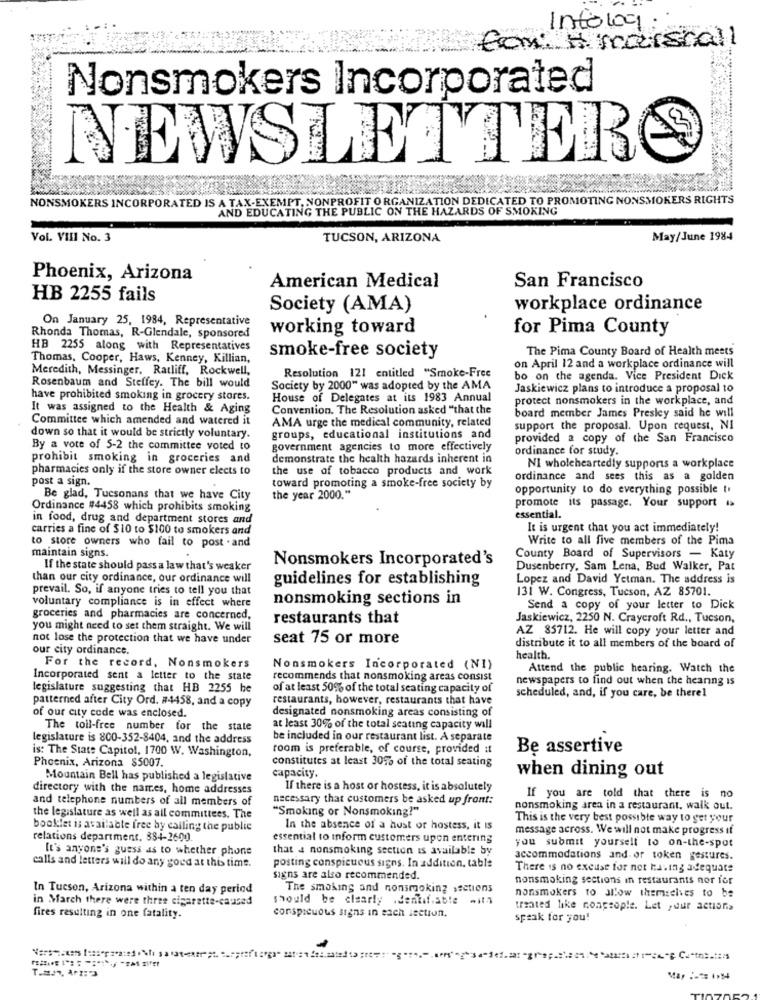
Intolog.
Com. Amarshall
Nonsmokers Incorporated
NEWSLETTERS
NONSMOKERS INCORPORATED IS A TAX-EXEMPT, NONPROFIT ORGANIZATION DEDICATED TO PROMOTING NONSMOKERS RIGHTS
AND EDUCATING THE PUBLIC ON THE HAZARDS OF SMOKING
Vol. VIII No. 3
TUCSON, ARIZONA
May/June 1984
Phoenix, Arizona
American Medical
San Francisco
HB 2255 fails
Society (AMA)
workplace ordinance
On January 25, 1984, Representative
working toward
for Pima County
Rhonda Thomas, R-Glendale, sponsored
HB 2255 along with Representatives
smoke-free society
The Pima County Board of Health meets
Thomas, Cooper, Haws, Kenney, Killian,
Meredith, Messinger, Ratliff, Rockwell,
Resolution 121 entitled "Smoke-Free
on April 12 and a workplace ordinance will
bo on the agenda. Vice President Dick
Rosenbaum and Steffey. The bill would
Society by 2000" was adopted by the AMA
Jaskiewicz plans to introduce a proposal to
have prohibited smoking in grocery stores.
House of Delegates at its 1983 Annual
protect nonsmokers in the workplace, and
It was assigned to the Health & Aging
Convention. The Resolution asked "that the
Committee which amended and watered it
AMA urge the medical community, related
board member James Presley said he will
support the proposal. Upon request, NI
down so that it would be strictly voluntary.
groups, educational institutions and
provided a copy of the San Francisco
By a vote of 5-2 the committee voted to
government agencies to more effectively
ordinance for study.
prohibit smoking in groceries and
demonstrate the health hazards inherent in
pharmacies only if the store owner elects to
the use of tobacco products and work
NI wholeheartedly supports a workplace
post a sign.
ordinance and sees this as a golden
toward promoting a smoke-free society by
opportunity to do everything possible to
Be glad, Tucsonans that we have City
the year 2000."
Ordinance #4458 which prohibits smoking
promote its passage. Your support i>
in food, drug and department stores and
essential.
carries a fine of $10 to $100 to smokers and
It is urgent that you act immediately!
Write to all five members of the Pima
to store owners who fail to post . and
maintain signs.
Nonsmokers Incorporated's
County Board of Supervisors - Katy
If the state should pass a law that's weaker
Dusenberry, Sam Lena, Bud Walker, Pat
than our city ordinance, our ordinance will
guidelines for establishing
Lopez and David Yetman. The address is
prevail. So, if anyone tries to tell you that
131 W. Congress, Tucson, AZ 85701.
voluntary compliance is in effect where
nonsmoking sections in
Send a copy of your letter to Dick
groceries and pharmacies are concerned,
restaurants that
Jaskiewicz, 2250 N. Craycroft Rd ., Tucson,
you might need to set them straight. We will
AZ 85712. He will copy your letter and
not lose the protection that we have under
seat 75 or more
our city ordinance.
distribute it to all members of the board of
health.
For the record, Nonsmokers
Nonsmokers Incorporated (NI)
Attend the public hearing. Watch the
Incorporated sent a letter to the state
recommends that nonsmoking areas consist
newspapers to find out when the hearing is
legislature suggesting that HB 2255 be
of at least 50% of the total seating capacity of
scheduled, and, if you care, be therel
patterned after City Ord. #4458, and a copy
restaurants, however, restaurants that have
of our city code was enclosed.
designated nonsmoking areas consisting of
The toll-free number for the state
at least 30% of the total seating capacity will
legislature is 800-352-8404, and the address
be included in our restaurant list. A separate
is: The State Capitol, 1700 W. Washington,
room is preferable, of course, provided it
Be assertive
Phoenix, Arizona $5007.
constitutes at least 30% of the total seating
when dining out
Mountain Bell has published a legislative
capacity.
directory with the names, home addresses
If there is a host or hostess, it is absolutely
and telephone numbers of all members of
necessary that customers be asked up front:
If you are told that there is no
"Smoking or Nonsmoking!"
nonsmoking area in a restaurant, walk out.
the legislature as well as all committees. The
This is the very best possible way to get your
booklet is available free by calling the public
In the absence of a hust or hostess, it Is
message across. We will not make progress if
relations department. 384-2600.
essential to inform customers upon entering
you submit yourself to on-the-spot
It's anyone's guess as to whether phone
that a nonsmoking section is available by
accommodations and. or token gestures.
calls and letters will do any goed at this time.
posting conspicuous signs. In addition, table
There is no excuse for not having adequate
signs are also recommended.
nonsmoking sections in restaurants nor for
In Tucson, Arizona within a ten day period
The smoking and nonsmoking sections
in March there were three cigarette-caused
should be clearly .dentifiable with
nonsmokers to allow themselves to be
conspicuous signs in each section.
treated like nonpeople. Let ,dur actions
fires resulting in one fatality.
speak for you!
May :- 1014